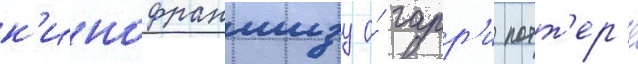
к'инофраншизу о́ гарр'и потт'ер'е